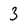
Character: 3